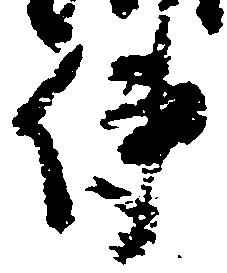
使